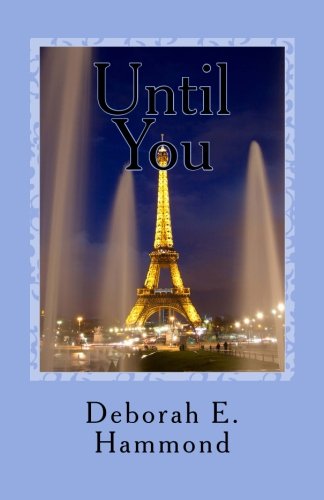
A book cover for Until You; Mrs. Deborah E. Hammond; Romance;